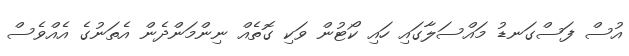
އުސް ފަސްގަނޑު މައްސަލާގައި ހައި ކޯޓުން ވަކި ގޮތެއް ނިންމަންދެން އެތަނުގެ އެއްވެސް